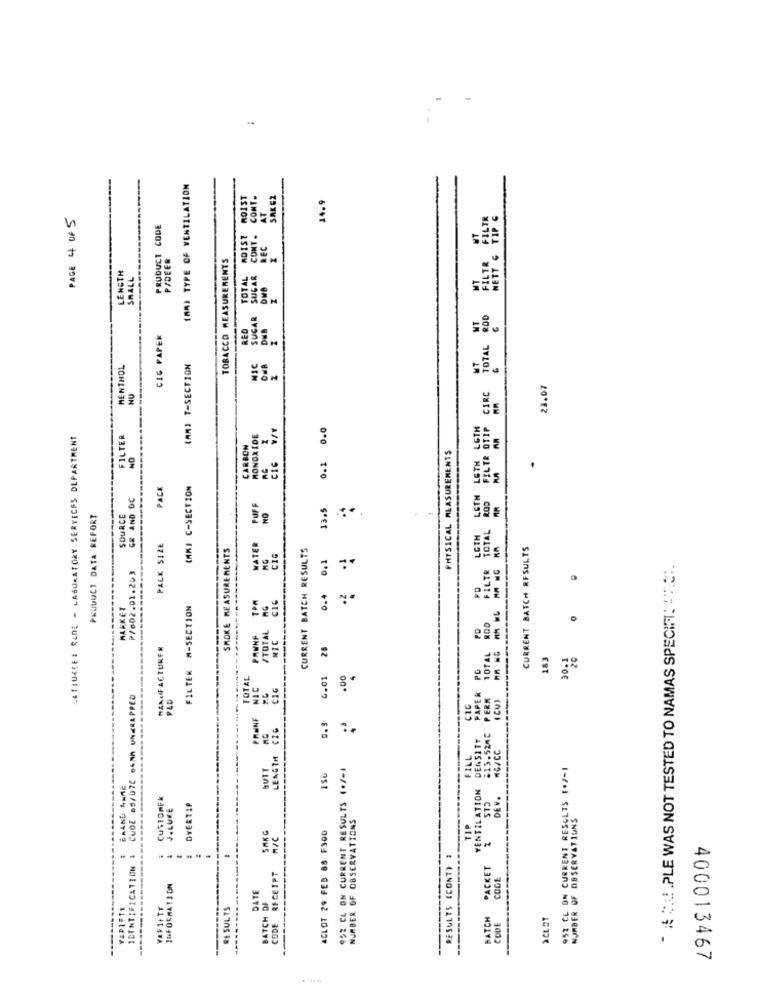
-
(AM) TYPE OF VENTILATION
ROIST
CONT.
SAK EZ
14.9
AT
PAGE 4 OF 5
PRODUCT CODE
ADIST
CONT .
REC
PIDEER
TOBACCO MEASUREMENTS
LENGTH
SMALL
TOTAL
SUGAR
SUCAR
RED
CIG PAPER
MENTHOL
(AMI T-SECTION
NIC
28.07
NU
CIC V/V
0.0
LATIUKSES CLDE - LABORATORY SERVICES DEPARTMENT
FILTER
MONOXIDE
CARBON
NO
PHYSICAL MEASUREMENTS
0.1
PACK
(MM) C-SECTION
LETH
GR AND DC
ROD
PUFF
NO
13.5
PRODUCT DATA REPORT
SOURCE
TOTAL
LOTH
PACK SIZE
SMOKE MEASUREMENTS
WATER
CURRENT BATCH RESULTS
CURRENT BATCH RESULTS
0,1
P/802.01.203
FILTR
* * C PLE WAS NOT TESTED TO NAMAS SPECIFI: "T.C.
PD
TPA
CIC
0.4
MARKET
FILTER M-SECTION
RG
TOTAL ROD
/TOTAL
PD
PANNF
NIC
HAAGFACTURER
26
183
20.12
PD
TOTAL
4.01
.00
4
NIC
CIG
PAPER
CUDE 65/07C 64NA UNERAPPED
PERM
(CU)
---
PLD
C 16
PRMNF
0. 3
DENSITT
#15.520C
MG/CC
LENGTH
FILL
BUTT
952 CL ON CURRENT RESULTS (·/-1
952 CL ON CURRENT RESULTS (+/-1
VENTILATION
CUSTOMER
DE V .
J.LUKE
OVER71P
NUMBER OF OBSERVATIONS
NUMBER OF OBSERVATIONS
ACLOT 29 FEB 88 F300
TIP
SAKG
IDENTIFICATION &
RESULTS (CONT) #
CODE RECEIPT
PACKET
CODE
DATE
VARIETY
VAR1+TT
RESULTS
BATCH OF
BATCH
SCLOT
CODE
400013467